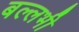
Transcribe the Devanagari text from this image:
बल्‍लभी